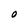
Character: O